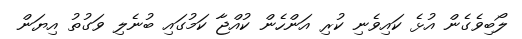
ލޯބިވެގެން އުޅެ ކައިވެނި ކުރި އަންހެން ކުއްޖާ ކަމުގައި ބުނެލި ވަގުތު އިޔަން